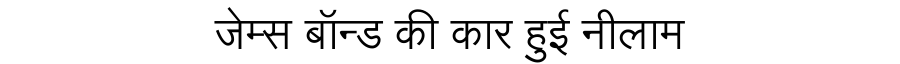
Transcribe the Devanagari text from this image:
जेम्स बॉन्ड की कार हुई नीलाम